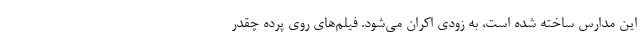
این مدارس ساخته شده است، به زودی اکران می‌شود. فیلم‌های روی پرده چقدر